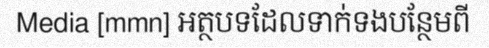
Media [mmn] អត្ថបទដែលទាក់ទងបន្ថែមពី